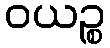
ဝယဉ္စ